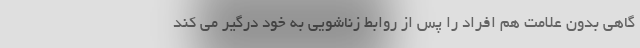
گاهی بدون علامت هم افراد را پس از روابط زناشویی به خود درگیر می کند